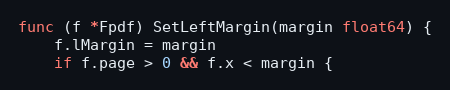
Language: Go
func (f *Fpdf) SetLeftMargin(margin float64) {
	f.lMargin = margin
	if f.page > 0 && f.x < margin {